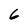
Character: 6